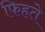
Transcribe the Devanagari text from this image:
फिहते